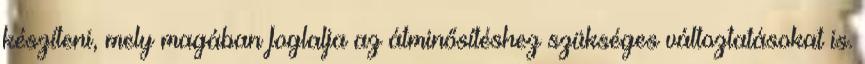
készíteni, mely magában foglalja az átminősítéshez szükséges változtatásokat is.